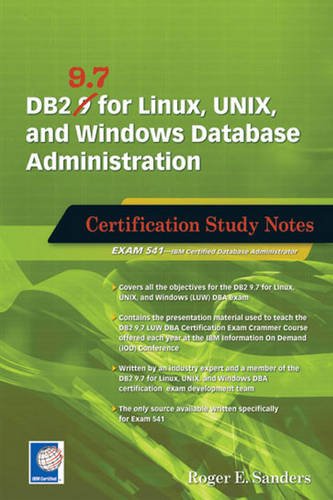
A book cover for DB2 9.7 for Linux, UNIX, and Windows Database Administration: Certification Study Notes; Roger E. Sanders; Computers & Technology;